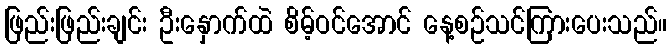
ဖြည်းဖြည်းချင်း ဦးနှောက်ထဲ စိမ့်ဝင်အောင် နေ့စဉ်သင်ကြားပေးသည်။